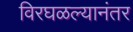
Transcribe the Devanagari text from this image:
विरघळल्यानंतर